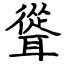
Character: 聳